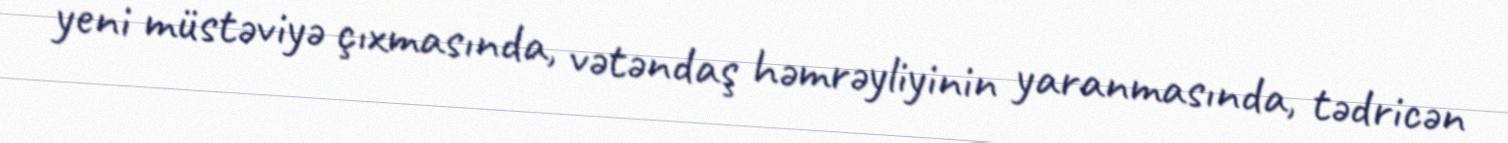
yeni müstəviyə çıxmasında, vətəndaş həmrəyliyinin yaranmasında, tədricən